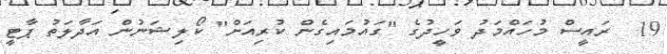
19  ރައީސް މުހައްމަދު ވަހީދުގެ "ގައުމައިގެން ކުރިއަށް" ކޯލިޝަނުން އަދާލަތު ޕާޓީ